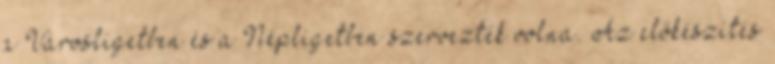
a Városligetben és a Népligetben szervezték volna. Az előkészítés